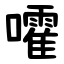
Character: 嚯